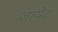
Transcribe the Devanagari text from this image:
जायेंट